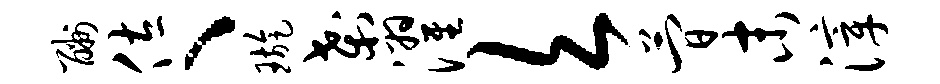
酬佐、璇刹濯欠简末滓